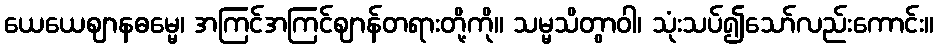
ယေယေဈာနဓမ္မေ၊ အကြင်အကြင်ဈာန်တရားတို့ကို။ သမ္မသိတွာဝါ၊ သုံးသပ်၍သော်လည်းကောင်း။